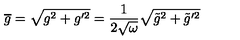
\overline { { g } } = \sqrt { g ^ { 2 } + g ^ { \prime 2 } } = \frac { 1 } { 2 \sqrt { \omega } } \sqrt { \tilde { g } ^ { 2 } + \tilde { g } ^ { \prime 2 } }